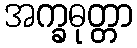
အက္ခဓုတ္တာ